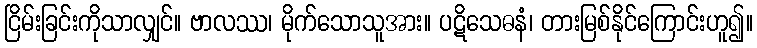
ငြိမ်းခြင်းကိုသာလျှင်။ ဗာလဿ၊ မိုက်သောသူအား။ ပဋိသေဓနံ၊ တားမြစ်နိုင်ကြောင်းဟူ၍။